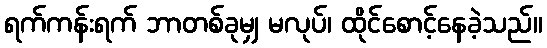
ရက်ကန်းရက် ဘာတစ်ခုမျှ မလုပ်၊ ထိုင်စောင့်နေခဲ့သည်။